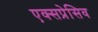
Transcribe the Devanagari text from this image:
एक्सप्रेसिव